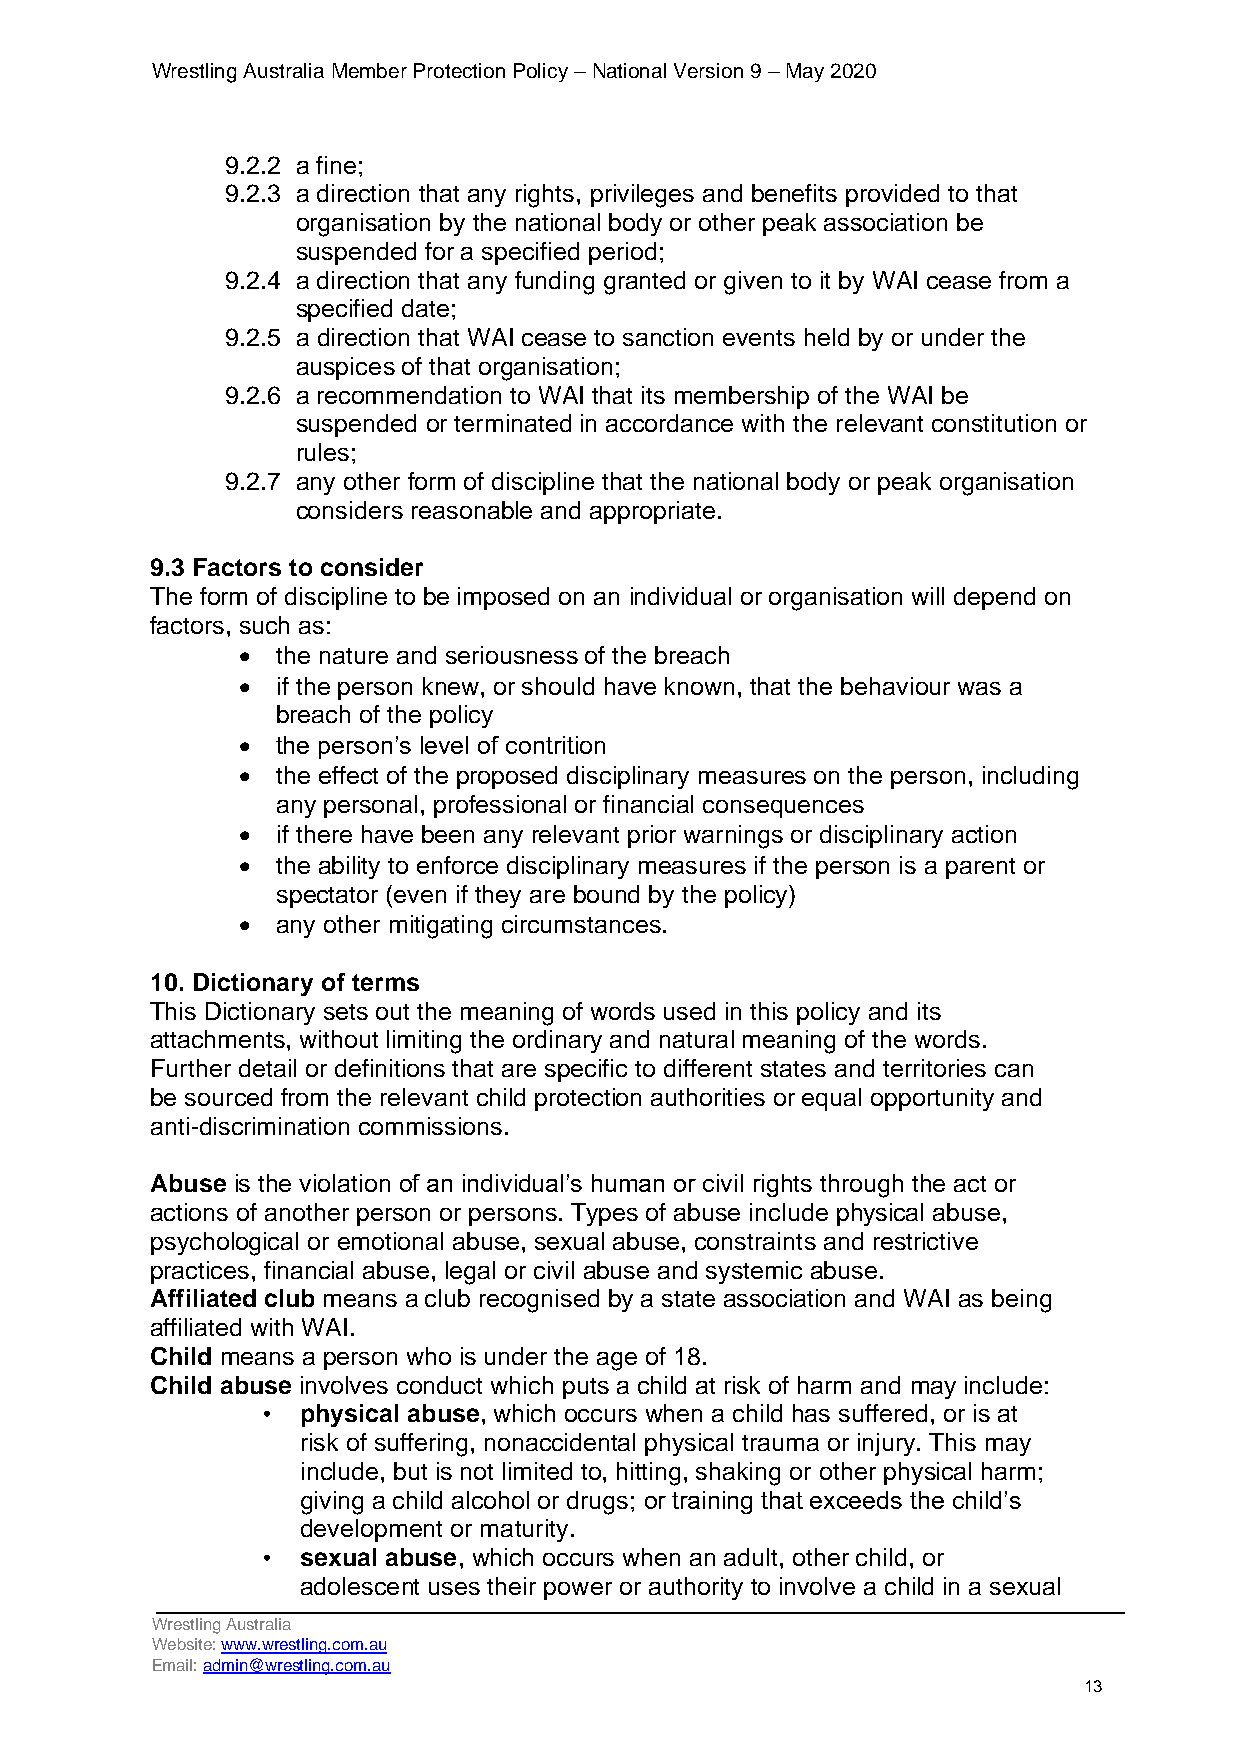
Wrestling Australia Member Protection Policy – National Version 9 – May 2020
 9.2.2 a fine;
 9.2.3 a direction that any rights, privileges and benefits provided to that
 organisation by the national body or other peak association be
 suspended for a specified period;
 9.2.4 a direction that any funding granted or given to it by WAI cease from a
 specified date;
 9.2.5 a direction that WAI cease to sanction events held by or under the
 auspices of that organisation;
 9.2.6 a recommendation to WAI that its membership of the WAI be
 suspended or terminated in accordance with the relevant constitution or
 rules;
 9.2.7 any other form of discipline that the national body or peak organisation
 considers reasonable and appropriate.
 9.3 Factors to consider
 The form of discipline to be imposed on an individual or organisation will depend on
 factors, such as:
 • the nature and seriousness of the breach
 • if the person knew, or should have known, that the behaviour was a
 breach of the policy
 • the person’s level of contrition
 • the effect of the proposed disciplinary measures on the person, including
 any personal, professional or financial consequences
 • if there have been any relevant prior warnings or disciplinary action
 • the ability to enforce disciplinary measures if the person is a parent or
 spectator (even if they are bound by the policy)
 • any other mitigating circumstances.
 10. Dictionary of terms
 This Dictionary sets out the meaning of words used in this policy and its
 attachments, without limiting the ordinary and natural meaning of the words.
 Further detail or definitions that are specific to different states and territories can
 be sourced from the relevant child protection authorities or equal opportunity and
 anti-discrimination commissions.
 Abuse is the violation of an individual’s human or civil rights through the act or
 actions of another person or persons. Types of abuse include physical abuse,
 psychological or emotional abuse, sexual abuse, constraints and restrictive
 practices, financial abuse, legal or civil abuse and systemic abuse.
 Affiliated club means a club recognised by a state association and WAI as being
 affiliated with WAI.
 Child means a person who is under the age of 18.
 Child abuse involves conduct which puts a child at risk of harm and may include:
 •  physical abuse, which occurs when a child has suffered, or is at
 risk of suffering, nonaccidental physical trauma or injury. This may
 include, but is not limited to, hitting, shaking or other physical harm;
 giving a child alcohol or drugs; or training that exceeds the child’s
 development or maturity.
 •  sexual abuse, which occurs when an adult, other child, or
 adolescent uses their power or authority to involve a child in a sexual
 Wrestling Australia
 Website: www.wrestling.com.au
 Email: admin@wrestling.com.au
 13